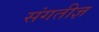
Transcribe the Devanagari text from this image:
संगतीज्ञ